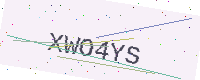
Text: XWO4YS